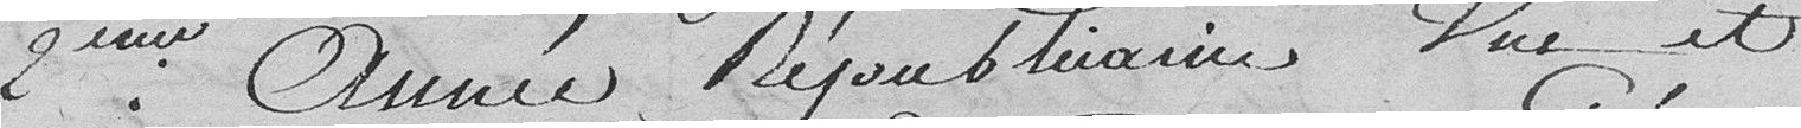
deuxième année républicaine, Vue et